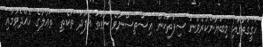
ހަގީގަތުގައި މިބަޔާންކުރެވުނު ސިފަތަކުން އިސްތިސްނާވެ ނުވަތަ އެފަދަ ތަކެތި  ތަޢާލާގެ ހެއްދެވުމާއި